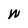
Character: W